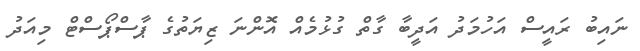
ނައިބު ރައީސް އަހުމަދު އަދީބާ ގާތް ގުޅުމެއް އޮންނަ ޒިޔަތުގެ ޕާސްޕޯސްޓް މިއަދު